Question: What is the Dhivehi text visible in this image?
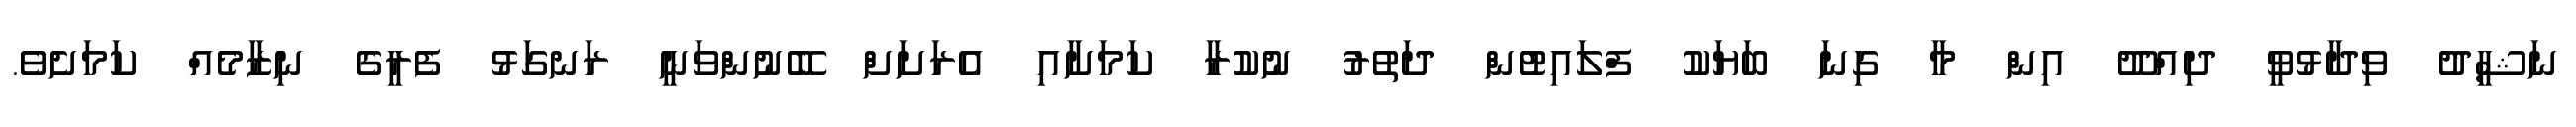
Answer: ނަޝީދު ވިދާޅުވީ ދިއްދޫ އިން މާ ގިނަ ބަޔަކު ފްލައިޓުން ދަތުރު ނުކުރާ ކަމަށާއި އެރަށަށް ބޭނުންވަނީ ރަނގަޅު ފެރީގެ ނިޒާމެއް ކަމަށެވެ.